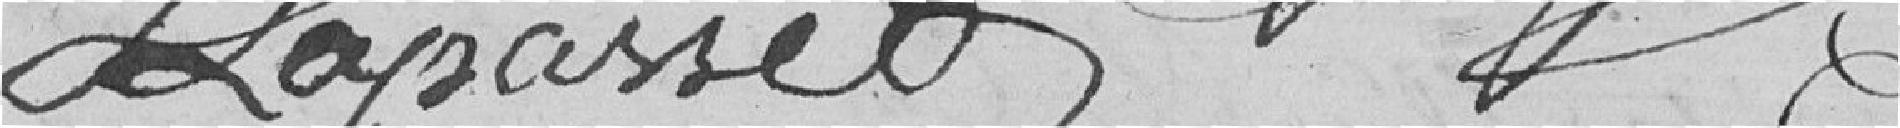
J. LAPASSET??     ????